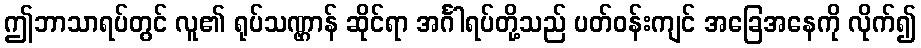
ဤဘာသာရပ်တွင် လူ၏ ရုပ်သဏ္ဌာန် ဆိုင်ရာ အင်္ဂါရပ်တို့သည် ပတ်ဝန်းကျင် အခြေအနေကို လိုက်၍